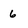
Character: 6